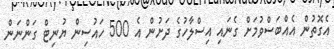
އެގޮތުން އެއްބަސްވުމަށް ގެނައި އިސްލާހުގެ ދަށުން އެ 500 ހައުސިން ޔުނިޓް ގަންނަން